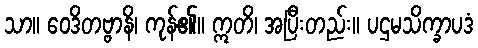
သာ။ ဝေဒိတဗ္ဗာနိ၊ ကုန်၏။ ဣတိ၊ အပြီးတည်း။ ပဌမသိက္ခာပဒံ